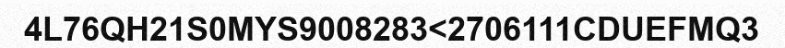
4L76QH21S0MYS9008283<2706111CDUEFMQ3